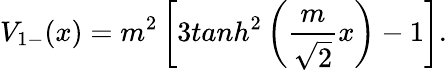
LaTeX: V_{1-}(x)=m^{2}\left[3tanh^{2}\left(\frac{m}{\sqrt{2}}x\right)-1\right].